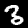
Label: 3